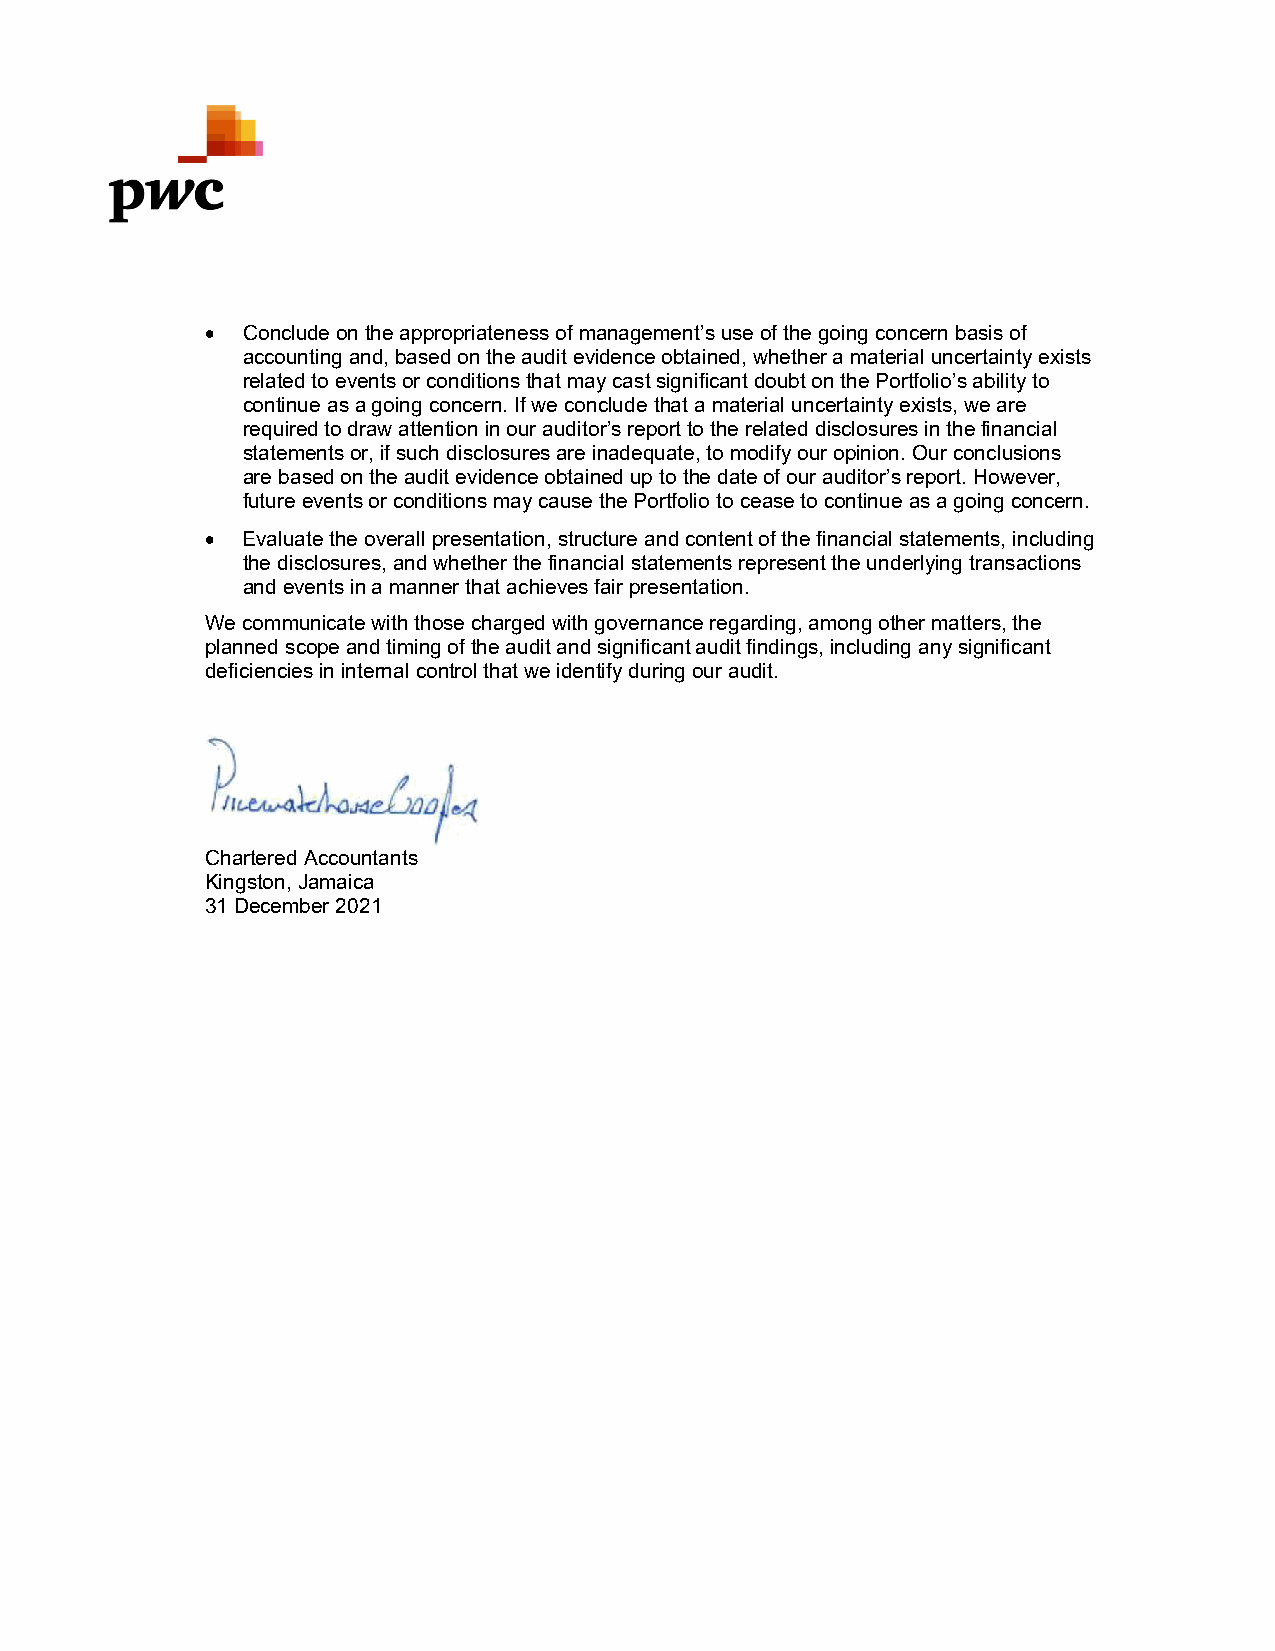
 Conclude on the appropriateness of management’s use of the going concern basis of
 accounting and, based on the audit evidence obtained, whether a material uncertainty exists
 related to events or conditions that may cast significant doubt on the Portfolio’s ability to
 continue as a going concern. If we conclude that a material uncertainty exists, we are
 required to draw attention in our auditor’s report to the related disclosures in the financial
 statements or, if such disclosures are inadequate, to modify our opinion. Our conclusions
 are based on the audit evidence obtained up to the date of our auditor’s report. However,
 future events or conditions may cause the Portfolio to cease to continue as a going concern.
  Evaluate the overall presentation, structure and content of the financial statements, including
 the disclosures, and whether the financial statements represent the underlying transactions
 and events in a manner that achieves fair presentation.
 We communicate with those charged with governance regarding, among other matters, the
 planned scope and timing of the audit and significant audit findings, including any significant
 deficiencies in internal control that we identify during our audit.
 Chartered Accountants
 Kingston, Jamaica
 31 December 2021